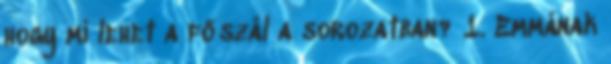
hogy mi lehet a főszál a sorozatban? 1. Emmának